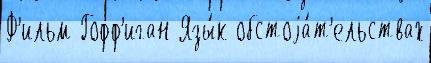
Ф'ильм Гофф'иган Язы́к обстоjа́т'ельствах